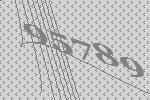
95789